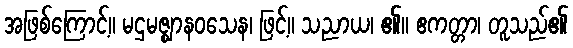
အဖြစ်ကြောင့်။ မဌမဇ္ဈာနဝသေန၊ ဖြင့်။ သညာယ၊ ၏။ ဧကတ္တာ၊ တူသည်၏